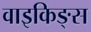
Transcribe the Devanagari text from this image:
वाइकिङ्स